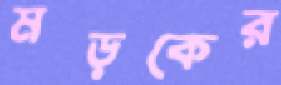
মড়কের